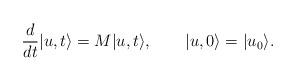
LaTeX: \begin{align*}\frac{d}{dt}|u,t\rangle = M|u,t\rangle,\qquad|u,0\rangle=|u_0\rangle.\end{align*}